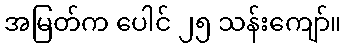
အမြတ်က ပေါင် ၂၅ သန်းကျော်။